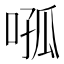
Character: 𭈦